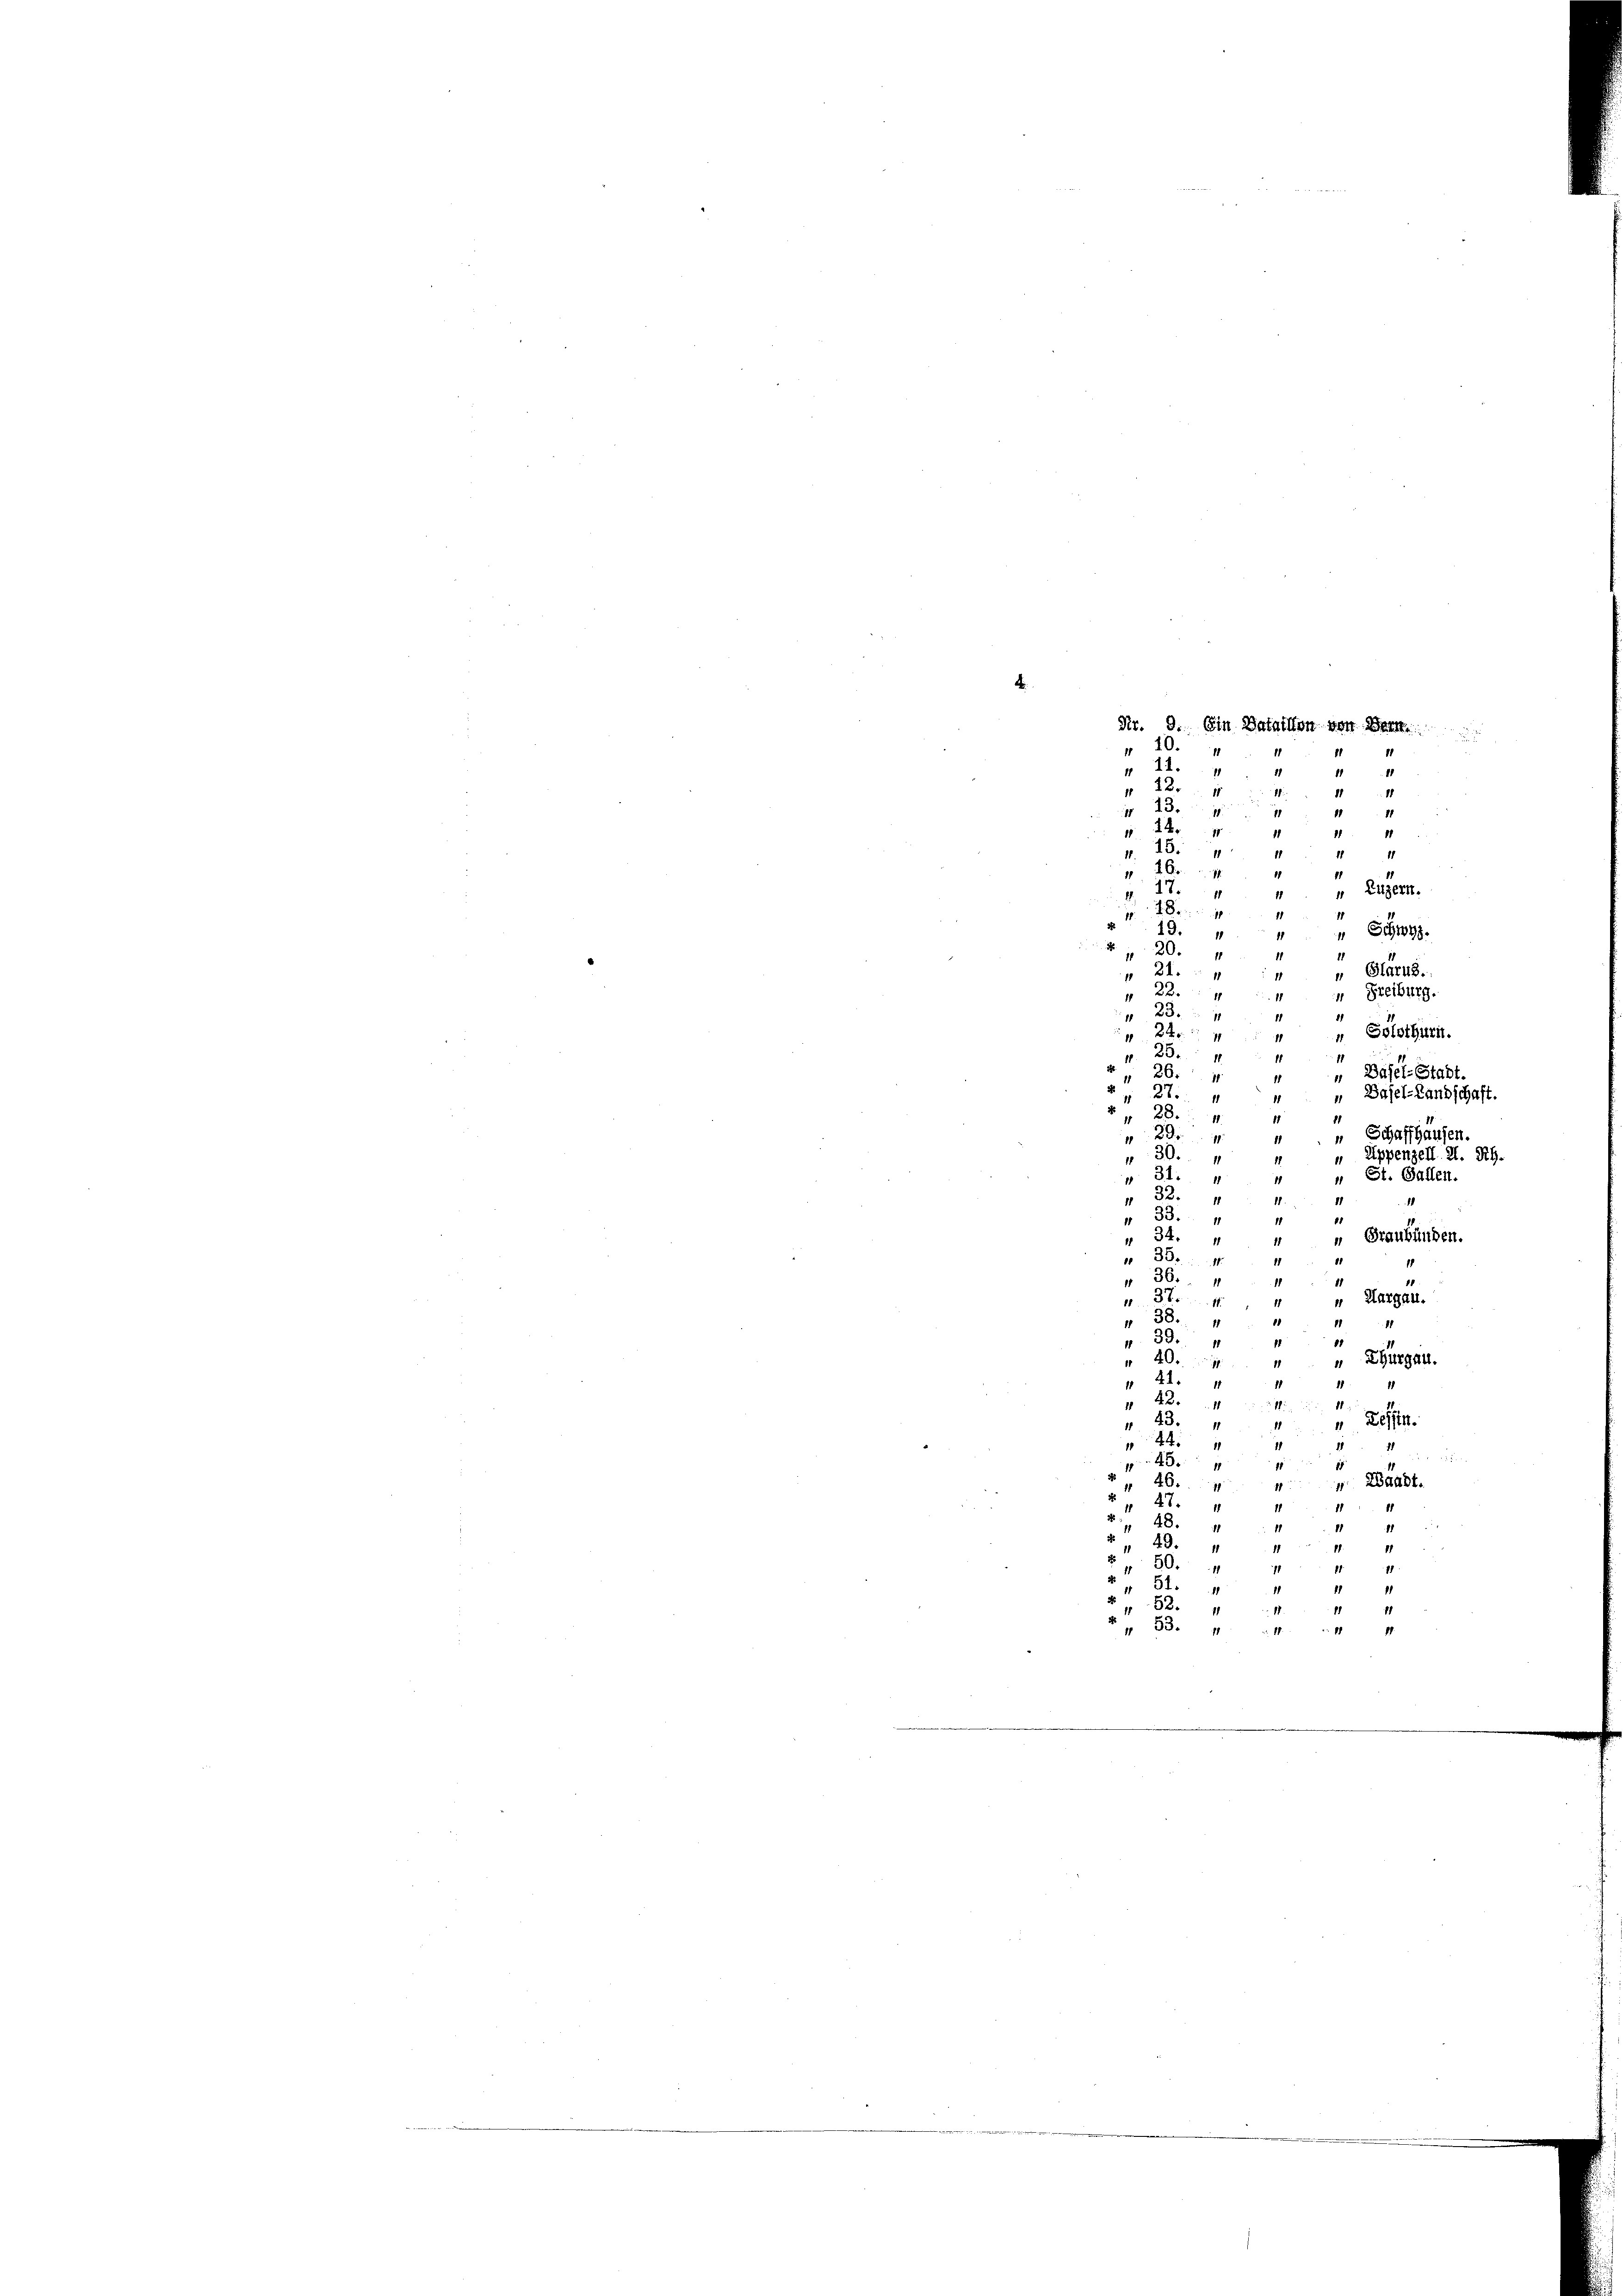
L

" 10.
 21. 4
1
 28. 4
1
1

41
1. 214
1
11
18.
11 14
 260
1
“ Luzern.
17.4
M. 18.
1
19.
" Schwyz.
20.
1
21
" Glarus.
“ Freiburg.
1
23
d
24.
„ Solothurn.
¬
25.
Basel-Stadt
26.
1
„ Basel-Landschaft.
 27.
28.
1
11
„ Schaffhausen.
20
“ Appenzell A. Rh.
30.
e
11
„ St. Gallen.
 31. 4
11
 32.
11.
 33.
11
34.
„ Graubünden.
1
 38.
1
" 36. 44
“ Aargau.
31
" 38. 44
 33.
18
 Thurgau.
 40. 7
 41. 4
1
B
d
 43. " " " Be
1
4

48
.
 Waadt.
26.
1
17.
1
248
II41
 49.
1
1
2
.
1111
51.
11 11
482.
111 44
 33. 14 " " 1

Nr. 9. Ein Bataillon von Herr